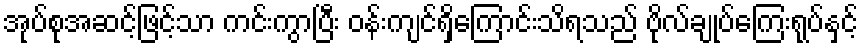
အုပ်စုအဆင့်ဖြင့်သာ ကင်းကွာပြီး ဝန်းကျင်ရှိကြောင်းသိရသည် ဗိုလ်ချုပ်ကြေးရုပ်နှင့်